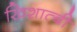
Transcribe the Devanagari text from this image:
खिशात्बी